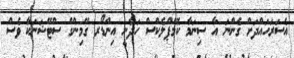
އެސަރަހައްދަށް ގެންނަ އާ ސިނަމާ ކޮމްޕްލެކްސް ހަދާނީ އިންޑޯރ ގޭމިންގް ސްޓޭޝަނަކާ ވެސް